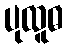
ပုထူဓ